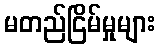
မတည်ငြိမ်မှုများ